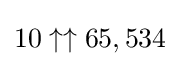
10\uparrow \uparrow 65,534